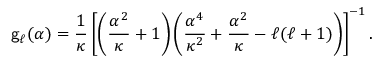
{ \sf g } _ { \ell } ( { \alpha } ) = \frac { 1 } { \kappa } \left[ \left( { \frac { \alpha ^ { 2 } } { \kappa } + 1 } \right) \left( \frac { \alpha ^ { 4 } } { \kappa ^ { 2 } } + \frac { \alpha ^ { 2 } } { \kappa } - { \ell } ( { \ell } + 1 ) \right) \right] ^ { - 1 } .